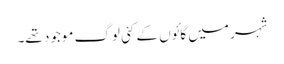
شہر میں گائوں کے کئی لوگ موجود تھے۔